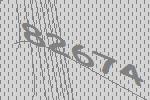
82674